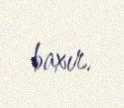
baxır.